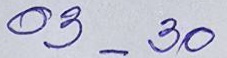
03 - 30